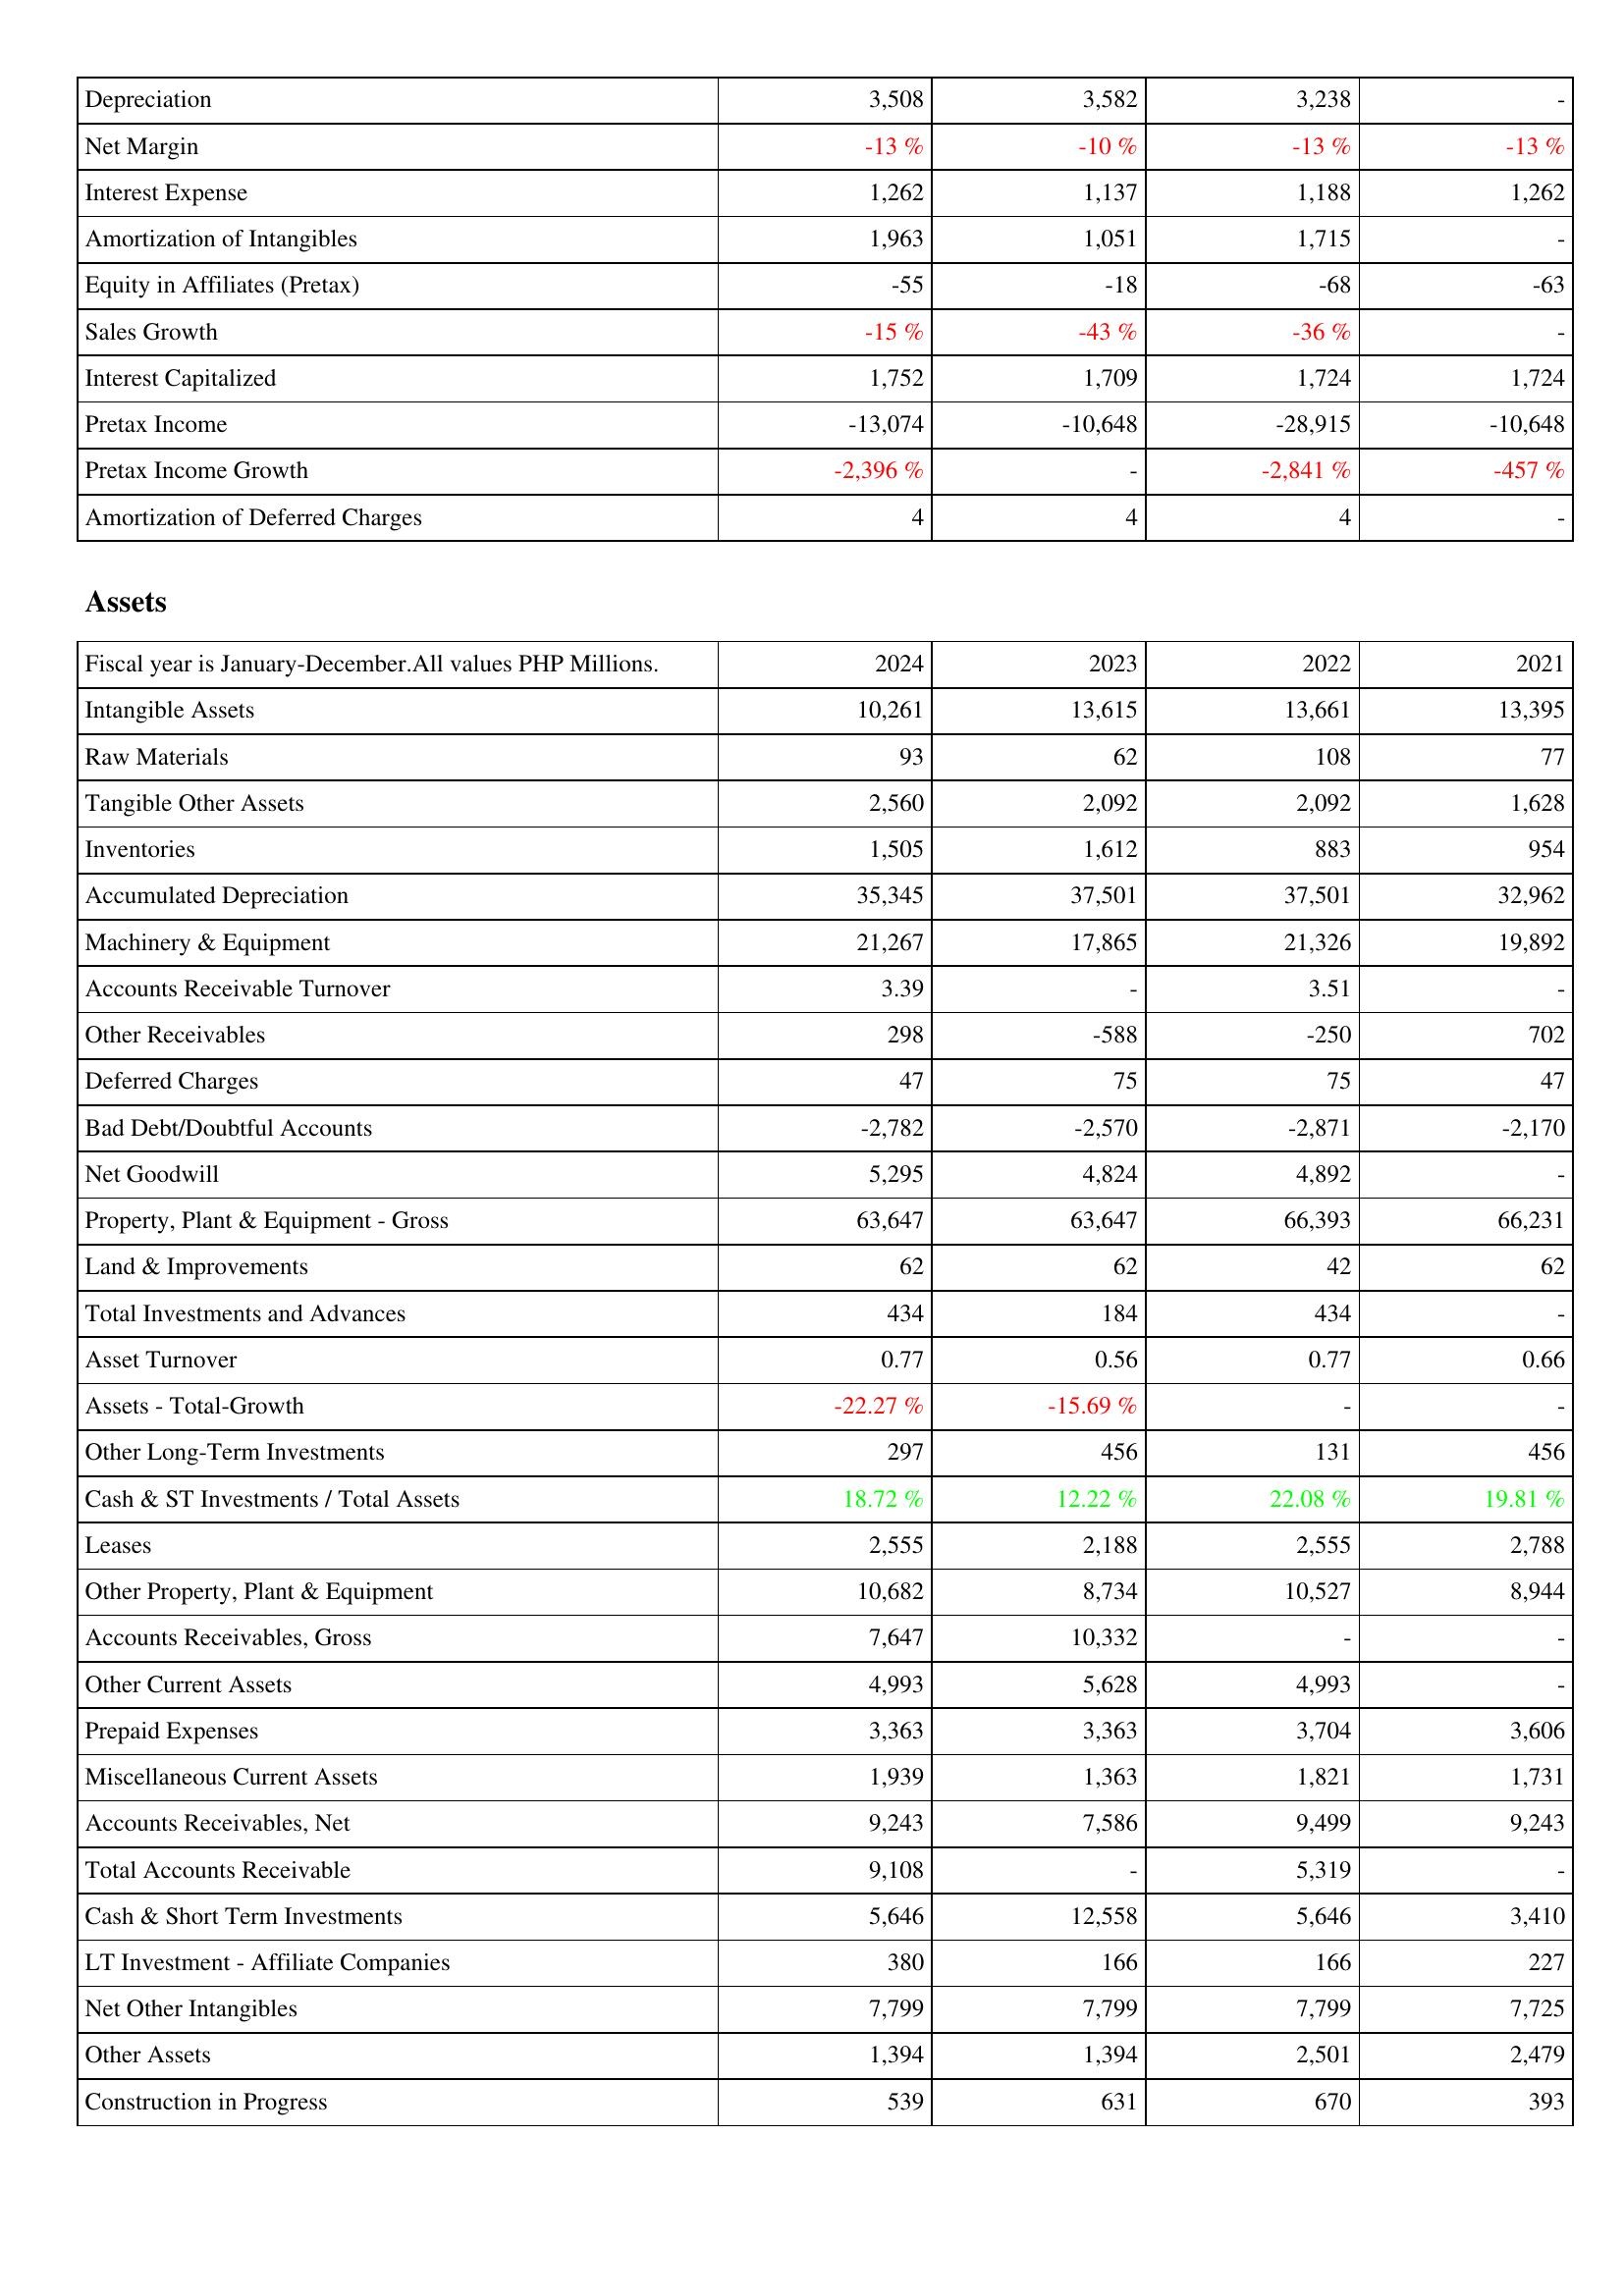
2024: Income Statement: Depreciation: 3,508
Net Margin: -13 %
Interest Expense: 1,262
Amortization of Intangibles: 1,963
Equity in Affiliates (Pretax): -55
Sales Growth: -15 %
Interest Capitalized: 1,752
Pretax Income: -13,074
Pretax Income Growth: -2,396 %
Amortization of Deferred Charges: 4
Assets: Intangible Assets: 10,261
Raw Materials: 93
Tangible Other Assets: 2,560
Inventories: 1,505
Accumulated Depreciation: 35,345
Machinery & Equipment: 21,267
Accounts Receivable Turnover: 3.39
Other Receivables: 298
Deferred Charges: 47
Bad Debt/Doubtful Accounts: -2,782
Net Goodwill: 5,295
Property, Plant & Equipment - Gross: 63,647
Land & Improvements: 62
Total Investments and Advances: 434
Asset Turnover: 0.77
Assets - Total-Growth: -22.27 %
Other Long-Term Investments: 297
Cash & ST Investments / Total Assets: 18.72 %
Leases: 2,555
Other Property, Plant & Equipment: 10,682
Accounts Receivables, Gross: 7,647
Other Current Assets: 4,993
Prepaid Expenses: 3,363
Miscellaneous Current Assets: 1,939
Accounts Receivables, Net: 9,243
Total Accounts Receivable: 9,108
Cash & Short Term Investments: 5,646
LT Investment - Affiliate Companies: 380
Net Other Intangibles: 7,799
Other Assets: 1,394
Construction in Progress: 539
2023: Income Statement: Depreciation: 3,582
Net Margin: -10 %
Interest Expense: 1,137
Amortization of Intangibles: 1,051
Equity in Affiliates (Pretax): -18
Sales Growth: -43 %
Interest Capitalized: 1,709
Pretax Income: -10,648
Pretax Income Growth: -
Amortization of Deferred Charges: 4
Assets: Intangible Assets: 13,615
Raw Materials: 62
Tangible Other Assets: 2,092
Inventories: 1,612
Accumulated Depreciation: 37,501
Machinery & Equipment: 17,865
Accounts Receivable Turnover: -
Other Receivables: -588
Deferred Charges: 75
Bad Debt/Doubtful Accounts: -2,570
Net Goodwill: 4,824
Property, Plant & Equipment - Gross: 63,647
Land & Improvements: 62
Total Investments and Advances: 184
Asset Turnover: 0.56
Assets - Total-Growth: -15.69 %
Other Long-Term Investments: 456
Cash & ST Investments / Total Assets: 12.22 %
Leases: 2,188
Other Property, Plant & Equipment: 8,734
Accounts Receivables, Gross: 10,332
Other Current Assets: 5,628
Prepaid Expenses: 3,363
Miscellaneous Current Assets: 1,363
Accounts Receivables, Net: 7,586
Total Accounts Receivable: -
Cash & Short Term Investments: 12,558
LT Investment - Affiliate Companies: 166
Net Other Intangibles: 7,799
Other Assets: 1,394
Construction in Progress: 631
2022: Income Statement: Depreciation: 3,238
Net Margin: -13 %
Interest Expense: 1,188
Amortization of Intangibles: 1,715
Equity in Affiliates (Pretax): -68
Sales Growth: -36 %
Interest Capitalized: 1,724
Pretax Income: -28,915
Pretax Income Growth: -2,841 %
Amortization of Deferred Charges: 4
Assets: Intangible Assets: 13,661
Raw Materials: 108
Tangible Other Assets: 2,092
Inventories: 883
Accumulated Depreciation: 37,501
Machinery & Equipment: 21,326
Accounts Receivable Turnover: 3.51
Other Receivables: -250
Deferred Charges: 75
Bad Debt/Doubtful Accounts: -2,871
Net Goodwill: 4,892
Property, Plant & Equipment - Gross: 66,393
Land & Improvements: 42
Total Investments and Advances: 434
Asset Turnover: 0.77
Assets - Total-Growth: -
Other Long-Term Investments: 131
Cash & ST Investments / Total Assets: 22.08 %
Leases: 2,555
Other Property, Plant & Equipment: 10,527
Accounts Receivables, Gross: -
Other Current Assets: 4,993
Prepaid Expenses: 3,704
Miscellaneous Current Assets: 1,821
Accounts Receivables, Net: 9,499
Total Accounts Receivable: 5,319
Cash & Short Term Investments: 5,646
LT Investment - Affiliate Companies: 166
Net Other Intangibles: 7,799
Other Assets: 2,501
Construction in Progress: 670
2021: Income Statement: Depreciation: -
Net Margin: -13 %
Interest Expense: 1,262
Amortization of Intangibles: -
Equity in Affiliates (Pretax): -63
Sales Growth: -
Interest Capitalized: 1,724
Pretax Income: -10,648
Pretax Income Growth: -457 %
Amortization of Deferred Charges: -
Assets: Intangible Assets: 13,395
Raw Materials: 77
Tangible Other Assets: 1,628
Inventories: 954
Accumulated Depreciation: 32,962
Machinery & Equipment: 19,892
Accounts Receivable Turnover: -
Other Receivables: 702
Deferred Charges: 47
Bad Debt/Doubtful Accounts: -2,170
Net Goodwill: -
Property, Plant & Equipment - Gross: 66,231
Land & Improvements: 62
Total Investments and Advances: -
Asset Turnover: 0.66
Assets - Total-Growth: -
Other Long-Term Investments: 456
Cash & ST Investments / Total Assets: 19.81 %
Leases: 2,788
Other Property, Plant & Equipment: 8,944
Accounts Receivables, Gross: -
Other Current Assets: -
Prepaid Expenses: 3,606
Miscellaneous Current Assets: 1,731
Accounts Receivables, Net: 9,243
Total Accounts Receivable: -
Cash & Short Term Investments: 3,410
LT Investment - Affiliate Companies: 227
Net Other Intangibles: 7,725
Other Assets: 2,479
Construction in Progress: 393